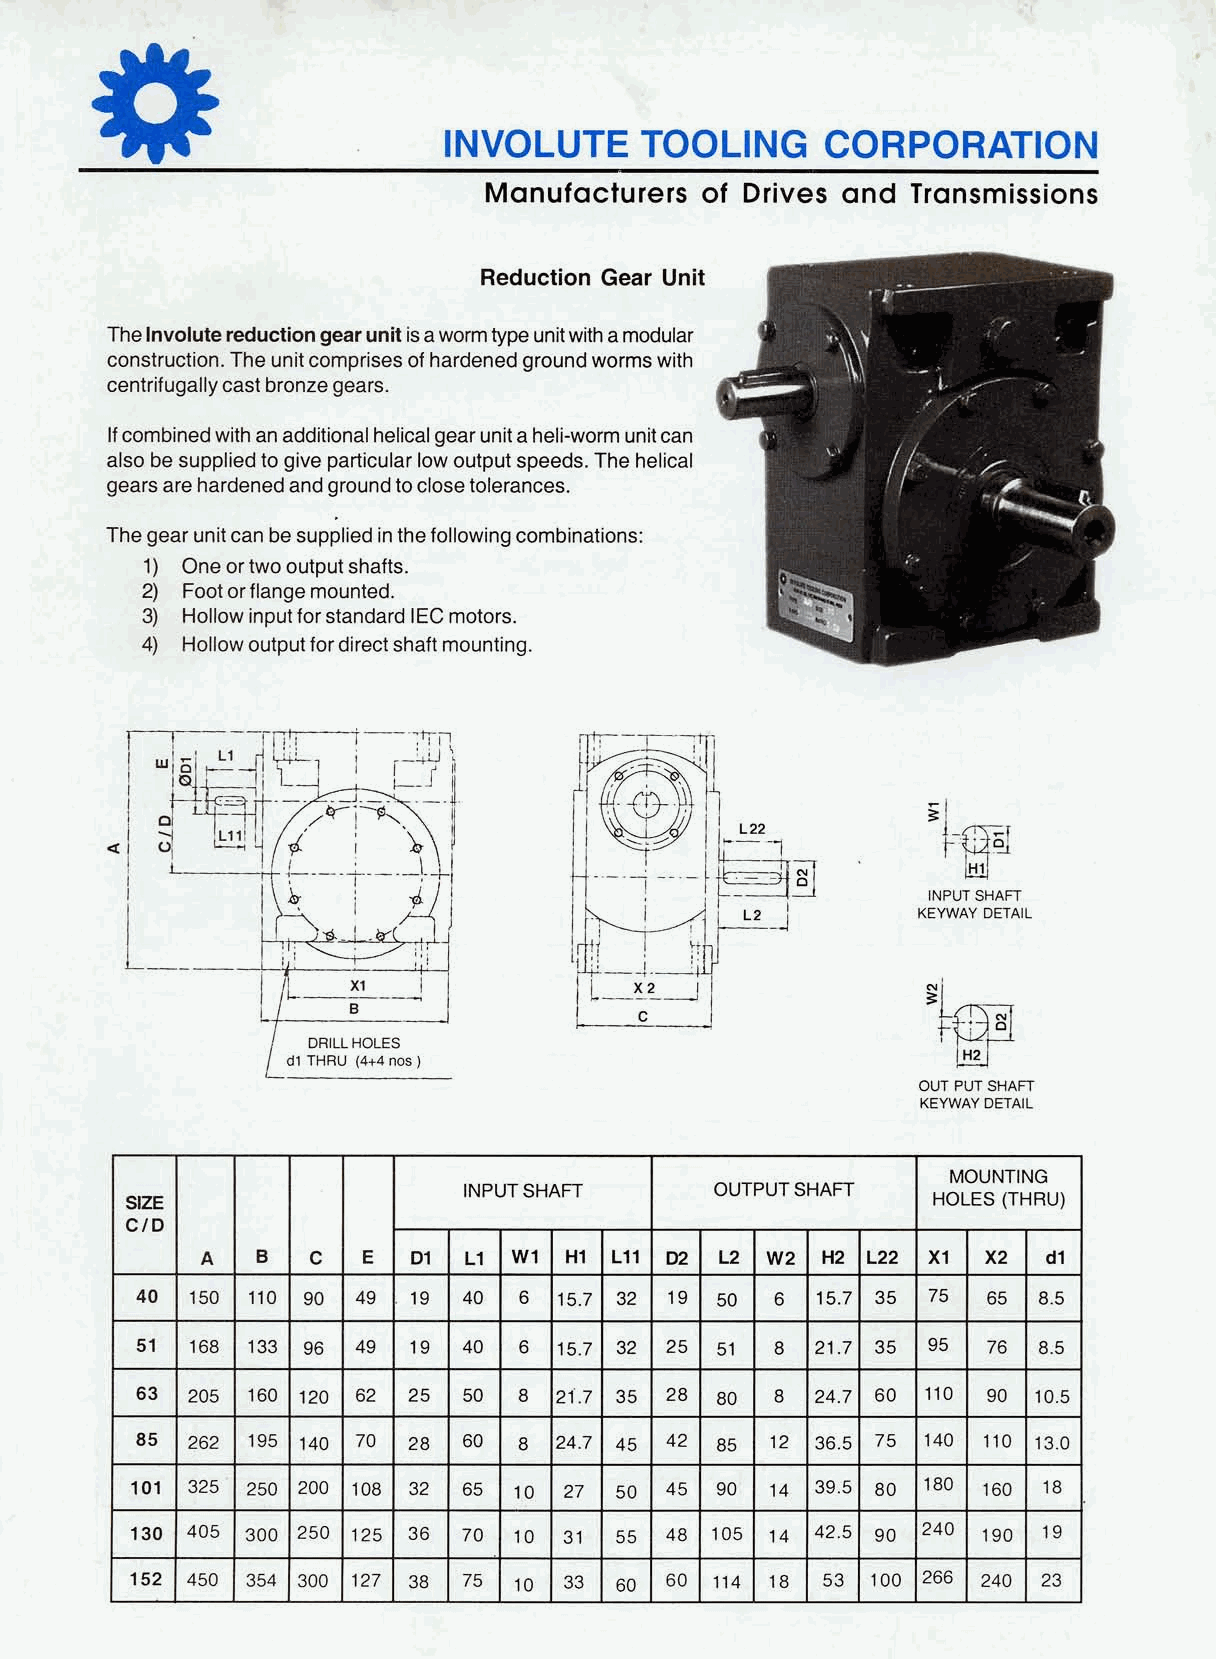
INVOLUTET      OOLINGC      ORPORATION
 Monufoclurerso  f Driveso nd Tronsmissions
 Reduction Gear Unit
 TheI nvoluter eductiong earu niti sa wormt ypeu nitwitha modular
 constructioTnh. eu nitc ompriseosf h ardenegdr oundw ormsw ith
 centrifugacllay stb ronzeg ears.
 lf combinewd itha na dditionahle licagl earu nita heli-wormun itc an
 alsob es upplietdo givep articulalor wo utpust peedsT. heh elical
 gearsa reh ardeneda ndg roundto closet olerances.
 Theg earu nitc anb es upplieidn t hef ollowincgo mbinations:
 1) Oneo rt woo utpust hafts.
 2) Footo rf langem ounted.
 3) Hollowin pufto rs tandarIdE Cm otors.
 4) Hollowo utpufto rd irecst haftm ounting.
 -=l t
 I -rT\;r
 I i"4"i
 tHli
 INPUTS HAFT
 KEYWAY DETAIL
 o-Ll rrt
 +r -T-:--t ol
 NlFr
 lH2|
 OUT PUT SHAFT
 KEYWAYD ETAIL
 MOUNTING
 INPUTS HAFT     OUTPUTS HAFT
 SIZE                                                  HOLES( THRU)
 ctD
 A   B   c  E  D1  L1 w1 H1  Ll1 u2 L2 w2 H2 L22 x1  x2  d1
 40  150 110 90 49 19  40 6  15.7 32 19 50 o  15.7 35 75 65  8.5
 51  168 133 96 49 19  40 o  15.7 32 25 51 8  21.7 35 95 76  8.5
 63  205 160 120 62 25 50 8  21.7 35 28 80    24. I 60 110 90 10.5
 85  262 195 140 70 28 60 I  24.7 45 42 85 12 36.5 75 140 110 13.0
 101 325 250 200 108 32 AF 10 27 50 45 90  14 39.5 80 180 r60 18
 130 405 300 250 tzc 36 70 10 31 55 4B tuc 14 42.5 90 240 190 19
 152 450 354 300 127 3B 75 10 33 60 60 114 18     r00 266 240 23